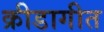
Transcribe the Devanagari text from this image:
क्रीडागीत